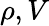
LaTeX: \rho,V